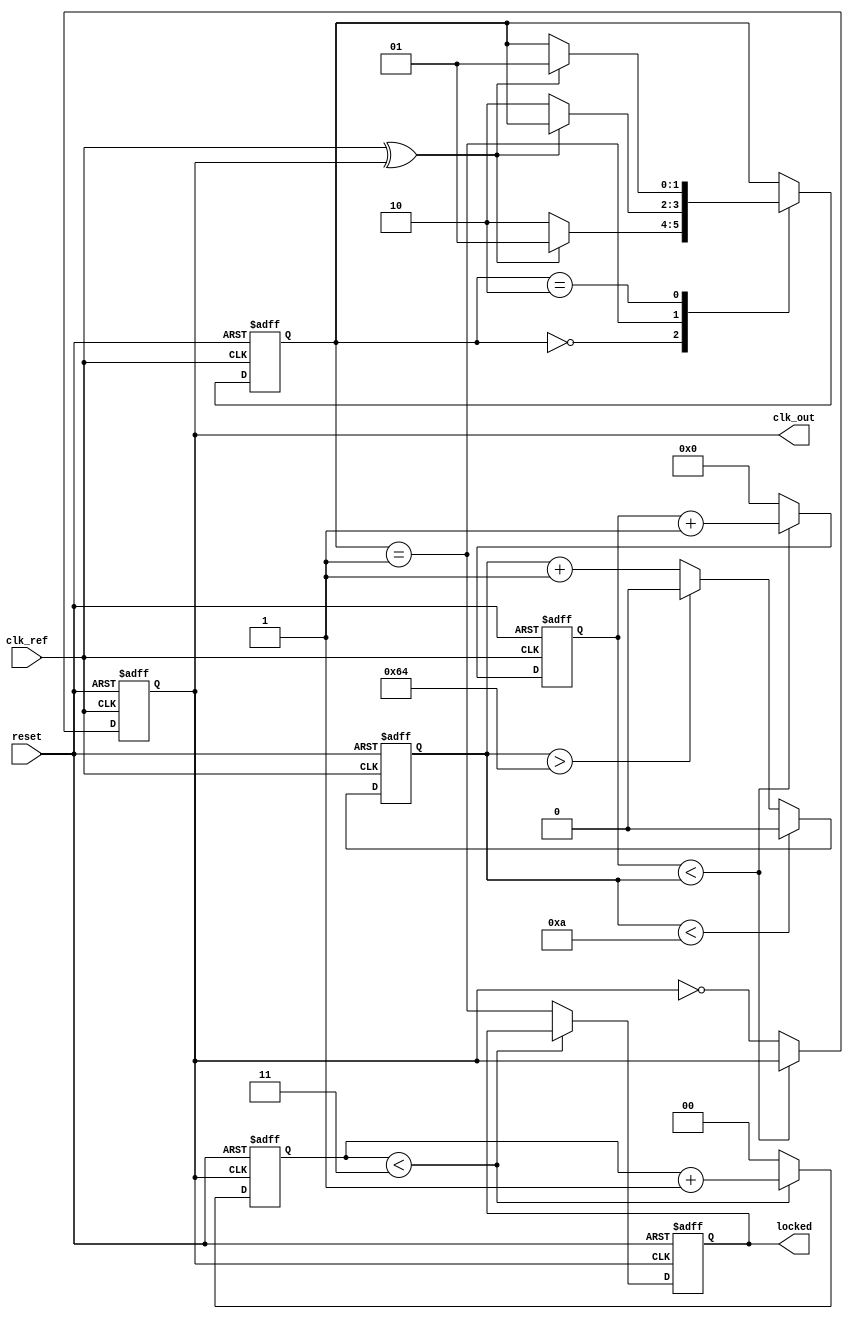
module high_performance_PLL (
    input wire clk_ref,       // Reference clock input
    input wire reset,         // Reset signal
    output reg clk_out,       // Output clock
    output reg locked         // Lock status
);

    // Parameters
    parameter DIVIDER = 4;    // Frequency divider ratio
    parameter VCO_MAX_FREQ = 100; // Maximum frequency for VCO (in MHz)
    parameter VCO_MIN_FREQ = 10;  // Minimum frequency for VCO (in MHz)

    // Internal signals
    wire phase_error;          // Phase error signal
    wire control_voltage;      // Control voltage from loop filter
    wire vco_clk;             // VCO clock output
    reg [3:0] vco_count;       // VCO counter
    reg [1:0] state;           // State for locking mechanism

    // State Encoding
    localparam IDLE = 2'b00;
    localparam LOCKING = 2'b01;
    localparam LOCKED = 2'b10;

    // Phase Detector (PD) - Simple phase error detection
    assign phase_error = clk_ref ^ clk_out; // XOR for phase error (simplified)

    // Loop Filter (LF) - Simple RC filter model
    always @(posedge clk_ref or posedge reset) begin
        if (reset) begin
            control_voltage <= 0;
        end else begin
            control_voltage <= control_voltage + (phase_error ? 1 : -1); // Simple filter
            // Clamp control voltage to VCO range
            if (control_voltage > VCO_MAX_FREQ) control_voltage <= VCO_MAX_FREQ;
            if (control_voltage < VCO_MIN_FREQ) control_voltage <= VCO_MIN_FREQ;
        end
    end

    // Voltage-Controlled Oscillator (VCO)
    always @(posedge clk_ref or posedge reset) begin
        if (reset) begin
            vco_count <= 0;
            clk_out <= 0;
        end else begin
            if (vco_count < control_voltage) begin
                vco_count <= vco_count + 1;
            end else begin
                clk_out <= ~clk_out; // Toggle output clock
                vco_count <= 0; // Reset counter
            end
        end
    end

    // Frequency Divider
    reg [1:0] divider_count;
    always @(posedge clk_out or posedge reset) begin
        if (reset) begin
            divider_count <= 0;
            locked <= 0;
        end else begin
            if (divider_count < DIVIDER - 1) begin
                divider_count <= divider_count + 1;
            end else begin
                locked <= (state == LOCKING); // Update lock status
                divider_count <= 0; // Reset divider count
            end
        end
    end

    // Locking Mechanism
    always @(posedge clk_ref or posedge reset) begin
        if (reset) begin
            state <= IDLE;
        end else begin
            case (state)
                IDLE: begin
                    if (phase_error == 0) state <= LOCKED; // Check for lock
                    else state <= LOCKING;
                end
                LOCKING: begin
                    if (phase_error == 0) state <= LOCKED; // Successfully locked
                end
                LOCKED: begin
                    if (phase_error != 0) state <= LOCKING; // Lost lock
                end
            endcase
        end
    end

endmodule